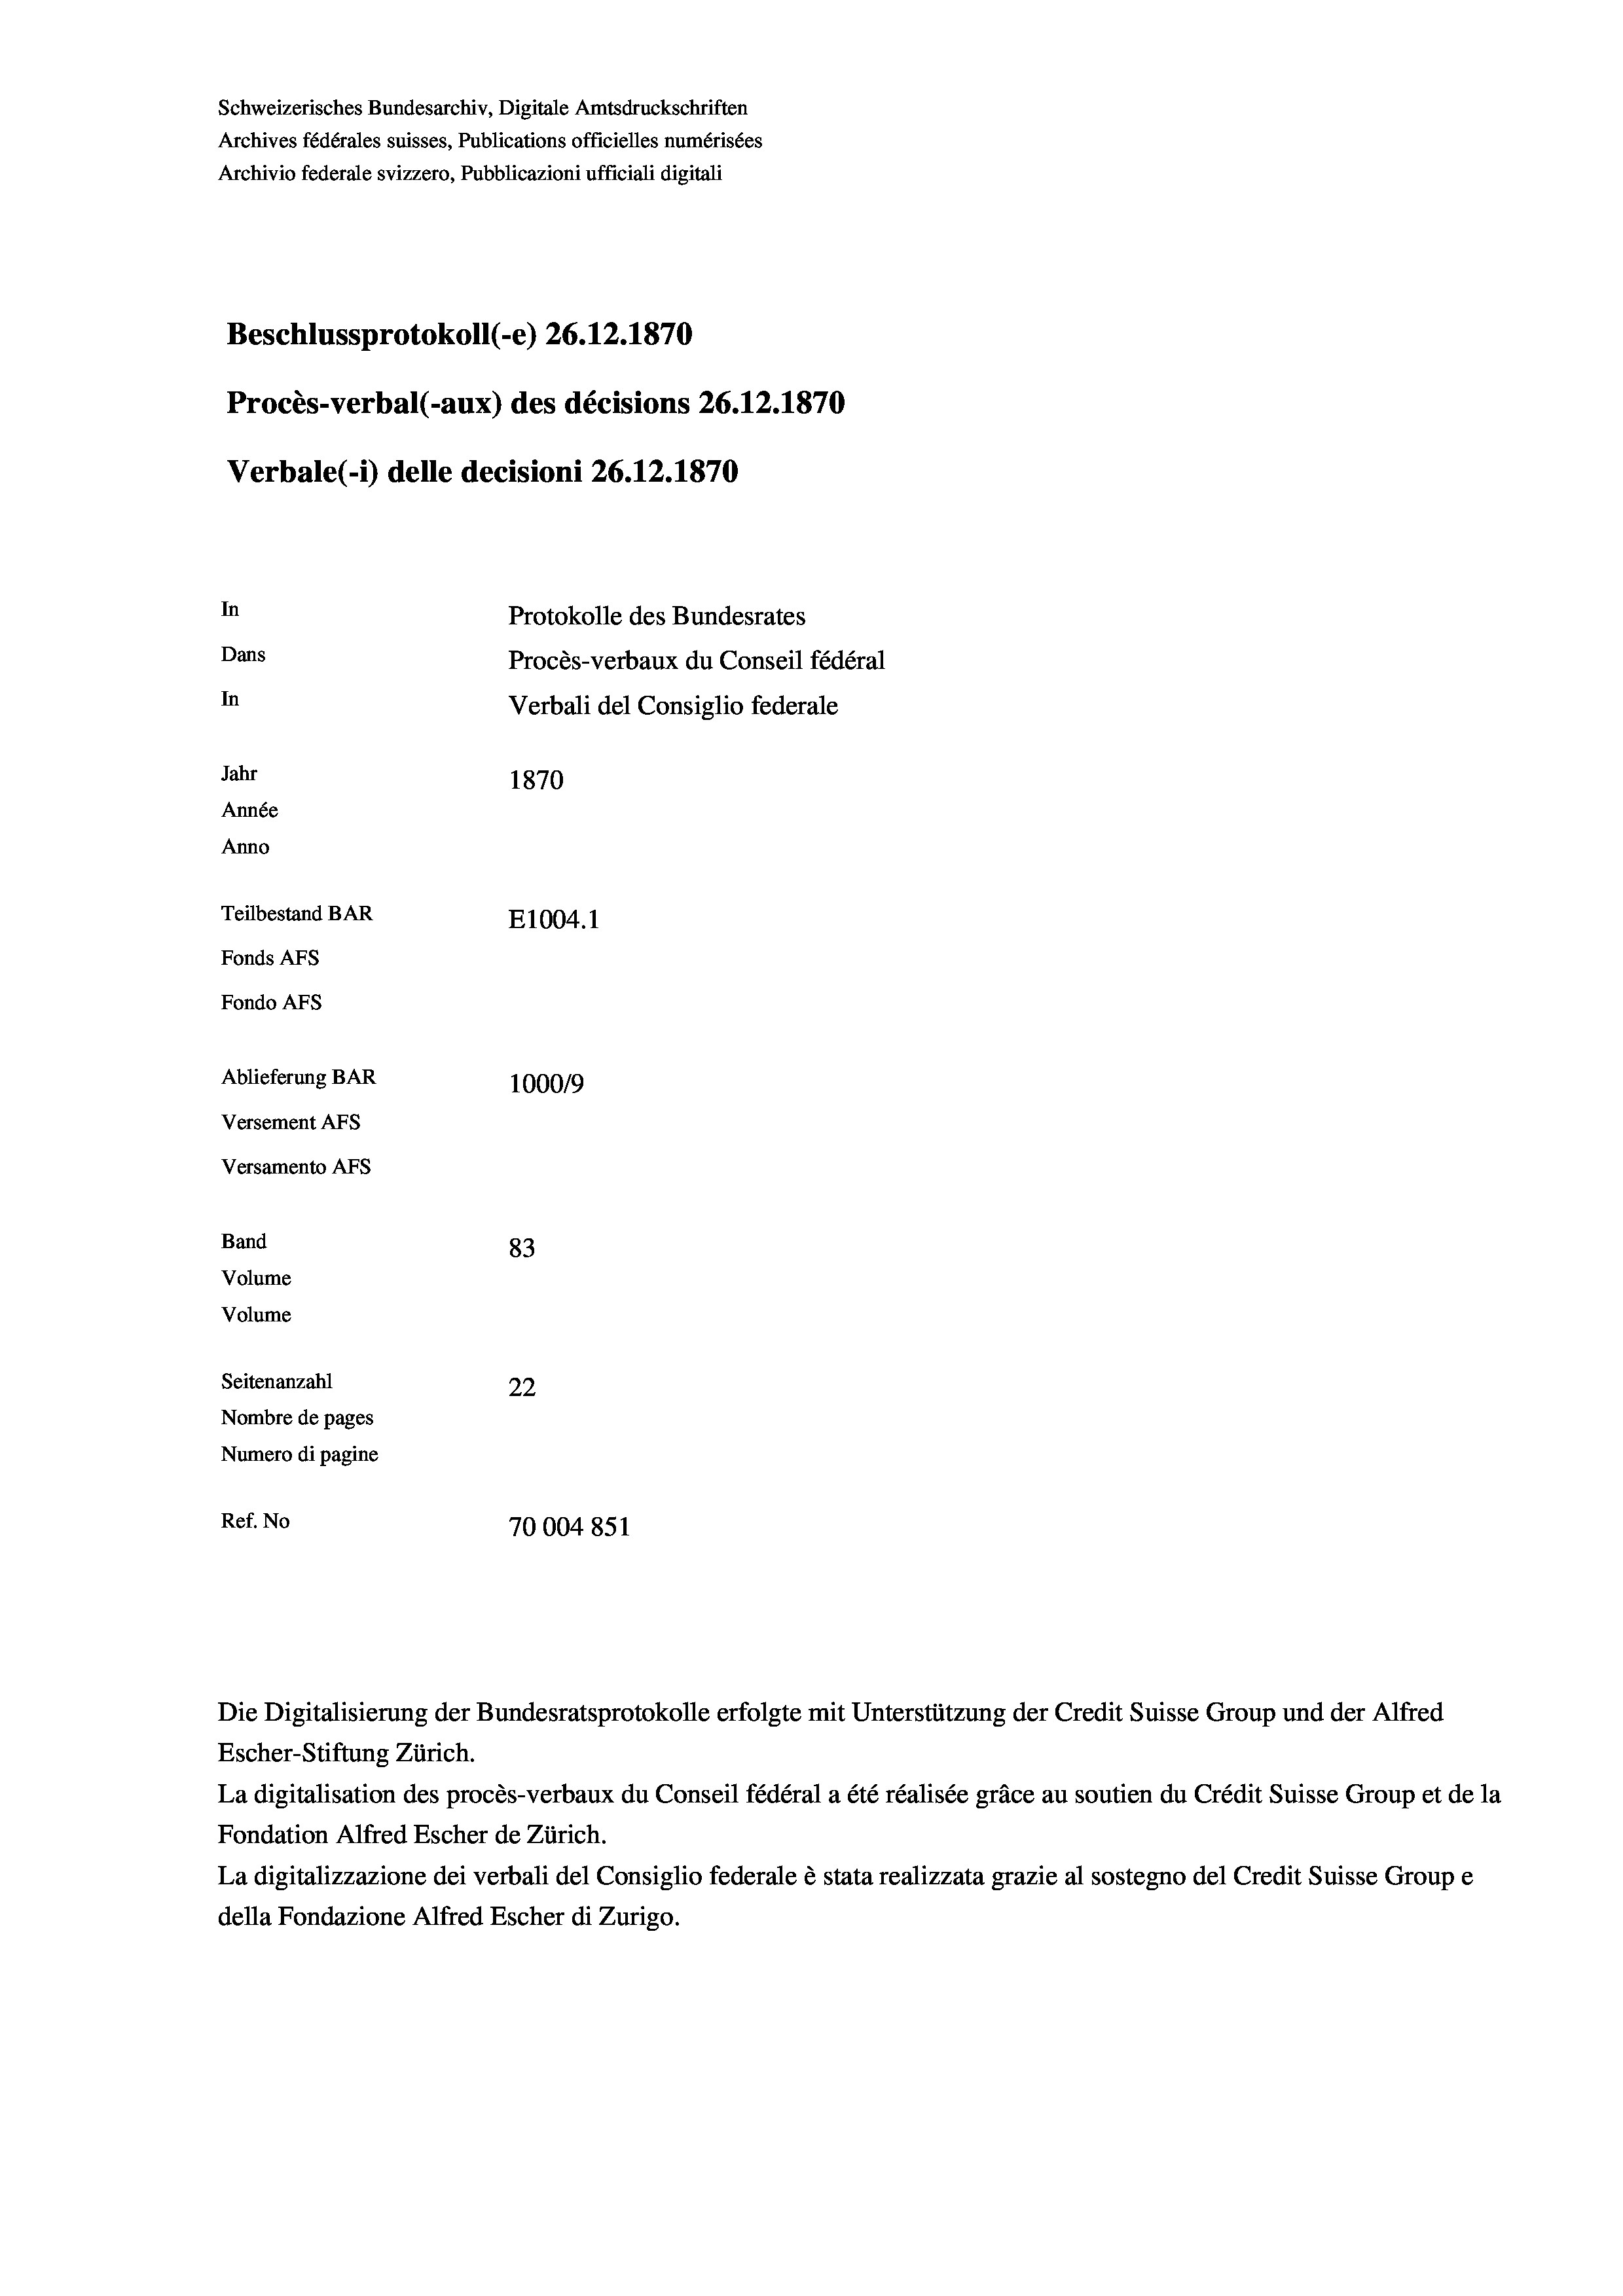
Schweizerisches Bundesarchiv, Digitale Amtsdruckschriften
Archives fédérales suisses, Publications officielles numérisées
Archivio federale svizzero, Pubblicazioni ufficiali digitali
Beschlussprotokoll (-e) 26.12.1870
Procès-verbal (-aux) des décisions 26.12.1870
Verbale (- 1) delle decisioni 26.12.1870
In
Protokolle des Bundesrates
Dans
Procès-verbaux du Conseil fédéral
In
Verbali del Consiglio federale
Jahr
1870
Année
Anno
Teilbestand BAR
E1004.1
Fonds Afs
Fondo AFs
Ablieferung BAR
100019
Versement Abs
Versamento Afs
Band
83
Volume
Volume
Seitenanzahl
22
Nombre de pages
Numero di pagine
Ref. No
70004851

La digitalisation des procès-verbaux du Conseil fédéral a été réalisée gräce au soutien du Crédit Suisse Group et de la
Fondation Alfred Escher de Zürich.
La digitalizzazione dei verbali del Consiglio federale è stata realizzata grazie al sostegno del Credit Suisse Groupe
della Fondazione Alfred Escher di Zurigo.

Die Digitalisierung der Bundesratsprotokolle erfolgte mit Unterstützung der Credit Suisse Group und der Alfred
Escher-Stiftung Zürich.